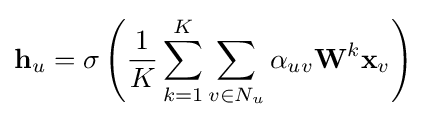
\mathbf {h} _{u}=\sigma \left({\frac {1}{K}}\sum _{k=1}^{K}\sum _{v\in N_{u}}\alpha _{uv}\mathbf {W} ^{k}\mathbf {x} _{v}\right)